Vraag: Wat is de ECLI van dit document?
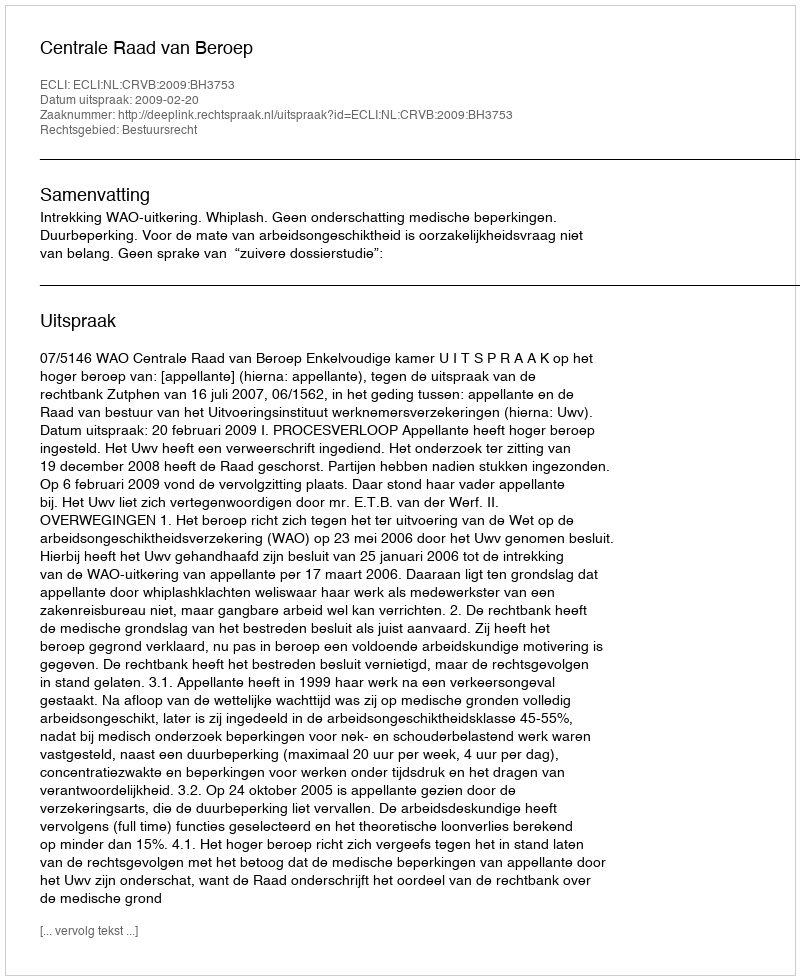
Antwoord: ECLI:NL:CRVB:2009:BH3753